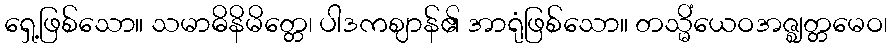
ရှေ့ဖြစ်သော။ သမာဓိနိမိတ္တေ၊ ပါဒကဈာန်၏ အာရုံဖြစ်သော။ တသ္မိံယေဝအဇ္ဈတ္တမေဝ၊